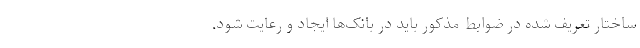
ساختار تعریف شده در ضوابط مذکور باید در بانک‌ها ایجاد و رعایت شود.